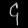
Digit: ၄